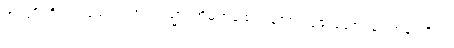
အကျိုးကို ယုံကြည်၍။ အဂါရသ္မာ၊ အိမ်ရာထောင်သော လူ၏ဘောင်မှ။ အနဂါရိယံ၊